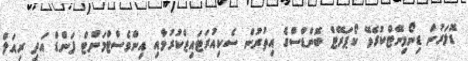
ޑޮލަރުން ޑިނޯމިނޭޓްކުރެވޭ ކޯޕަރޭޓް ބޮންޑްސްގެ އިތުރުން ސެކިއުރަޓައިޒްކުރުމާއި އިންވެސްޓްމަންޓް ފަންޑް އަދި ރިއަލް